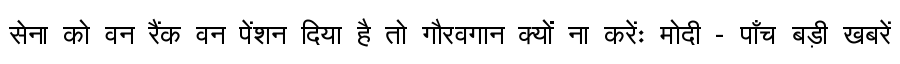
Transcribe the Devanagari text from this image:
सेना को वन रैंक वन पेंशन दिया है तो गौरवगान क्यों ना करेंः मोदी - पाँच बड़ी खबरें